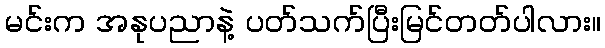
မင်းက အနုပညာနဲ့ ပတ်သက်ပြီးမြင်တတ်ပါလား။